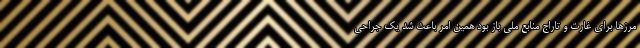
مرزها برای غارت و تاراج منابع ملی باز بود همین امر باعث شد یک جراحی